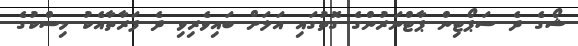
ޝޯގެ ދެ ސަޕޯޓިން ޕާޓްނަރުންގެ ގޮތުގައި އަލަށް ބައިވެރިވި ދެ ފަރާތާއެކު މިސްކުގެ